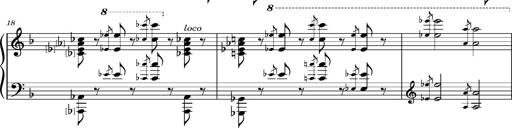
Title: Dante fragment, S.701e
Composer: Franz Liszt
Key: D minor